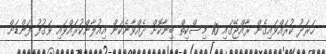
ހަރަދު ކުރައްވައިގެން ރާއްޖޭގައި 10 މިސްކިތް ބިނާކޮށް ދެއްވާނެކަން އިއުލާންކުރައްވައި ވަގުފު ފަންޑަށް